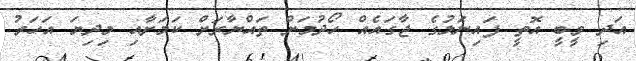
އަދި ވީބީ އޮތީ ފައިނަލުގެ ޖާގައެއް ހޯދުމަށް ތައްޔާރަށް ކަމަށާއި މިދިޔަ އަހަރު